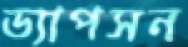
ড্যাপসন